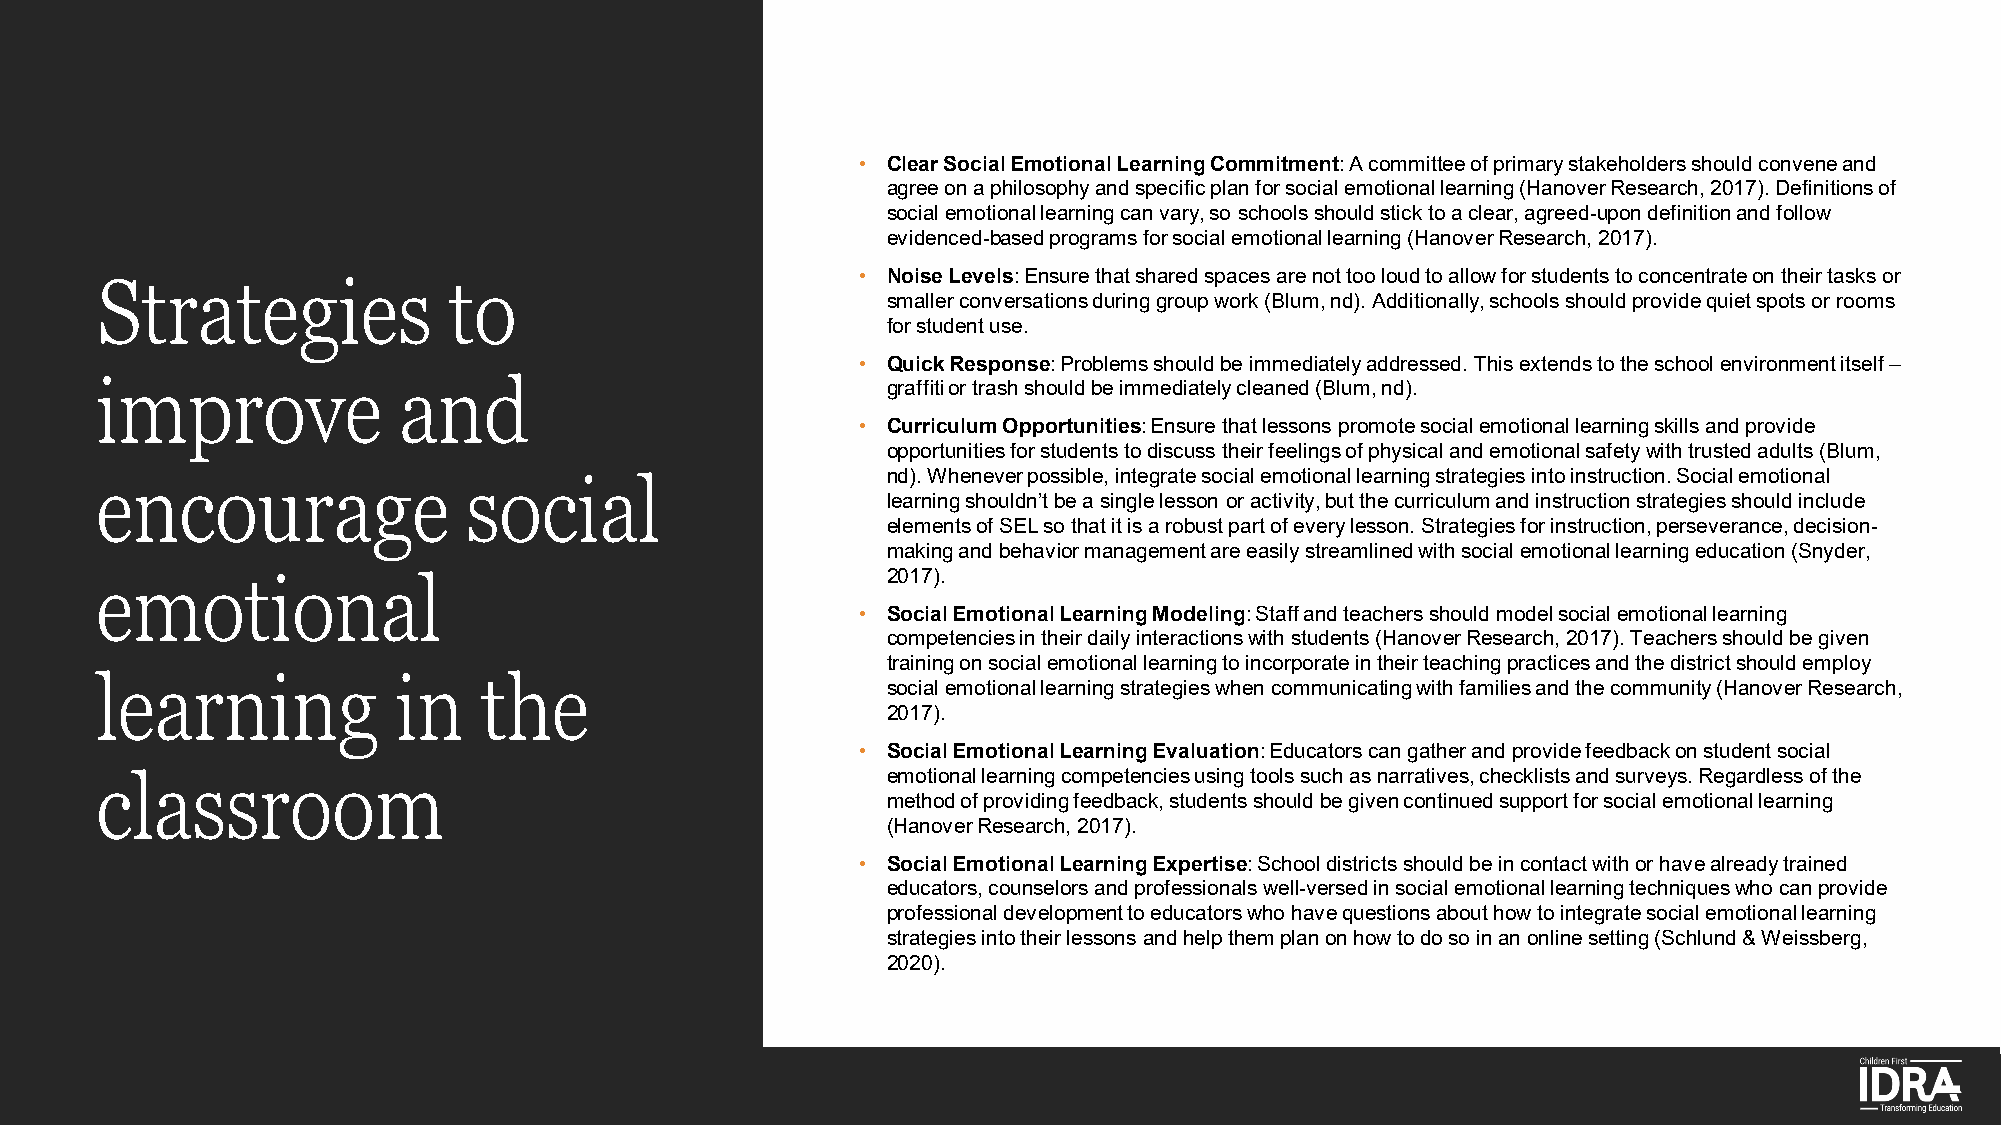
• Clear Social Emotional Learning Commitment: A committee of primary stakeholders should convene and
 agree on a philosophy and specific plan for social emotional learning (Hanover Research, 2017). Definitions of
 social emotional learning can vary, so schools should stick to a clear, agreed-upon definition and follow
 evidenced-based programs for social emotional learning (Hanover Research, 2017).
 • Noise Levels: Ensure that shared spaces are not too loud to allow for students to concentrate on their tasks or
 Strategies              to
 smaller conversations during group work (Blum, nd). Additionally, schools should provide quiet spots or rooms
 for student use.
 • Quick Response: Problems should be immediately addressed. This extends to the school environment itself –
 improve             and                              graffiti or trash should be immediately cleaned (Blum, nd).
 • Curriculum Opportunities: Ensure that lessons promote social emotional learning skills and provide
 opportunities for students to discuss their feelings of physical and emotional safety with trusted adults (Blum,
 nd). Whenever possible, integrate social emotional learning strategies into instruction. Social emotional
 encourage                social
 learning shouldn’t be a single lesson or activity, but the curriculum and instruction strategies should include
 elements of SEL so that it is a robust part of every lesson. Strategies for instruction, perseverance, decision-
 making and behavior management are easily streamlined with social emotional learning education (Snyder,
 2017).
 emotional
 • Social Emotional Learning Modeling: Staff and teachers should model social emotional learning
 competencies in their daily interactions with students (Hanover Research, 2017). Teachers should be given
 training on social emotional learning to incorporate in their teaching practices and the district should employ
 learning            in    the                        social emotional learning strategies when communicating with families and the community (Hanover Research,
 2017).
 • Social Emotional Learning Evaluation: Educators can gather and provide feedback on student social
 classroom                                            emotional learning competencies using tools such as narratives, checklists and surveys. Regardless of the
 method of providing feedback, students should be given continued support for social emotional learning
 (Hanover Research, 2017).
 • Social Emotional Learning Expertise: School districts should be in contact with or have already trained
 educators, counselors and professionals well-versed in social emotional learning techniques who can provide
 professional development to educators who have questions about how to integrate social emotional learning
 strategies into their lessons and help them plan on how to do so in an online setting (Schlund & Weissberg,
 2020).